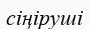
сіңіруші